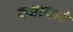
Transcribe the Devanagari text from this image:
स्थानमे